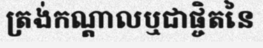
ត្រង់កណ្តាលឬជាផ្ចិតនៃ